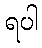
ရပါ